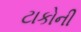
ટાકોની